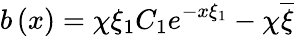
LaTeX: b\left(x\right)=\chi\xi_{1}C_{1}e^{-x\xi_{1}}-\chi\overline{{{\xi}}}